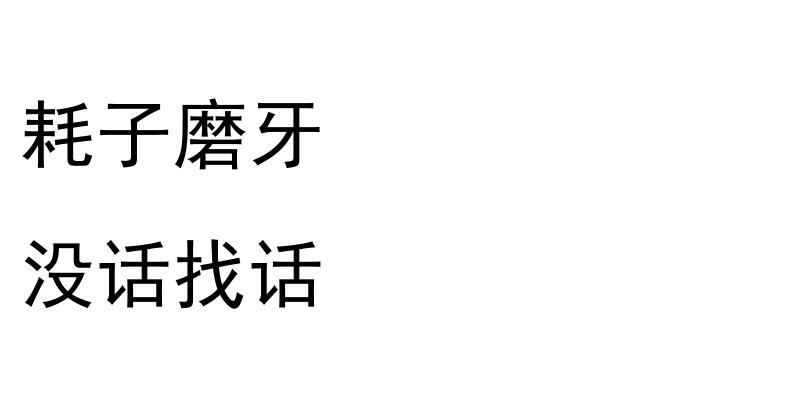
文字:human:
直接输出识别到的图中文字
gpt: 耗子磨牙 没话找话